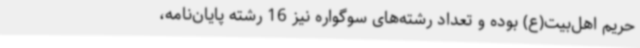
حریم اهل‌بیت(ع) بوده و تعداد رشته‌های سوگواره نیز 16 رشته پایان‌نامه،